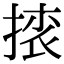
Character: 𢰜